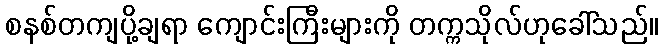
စနစ်တကျပို့ချရာ ကျောင်းကြီးများကို တက္ကသိုလ်ဟုခေါ်သည်။